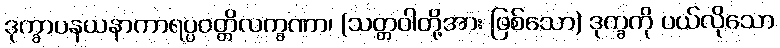
ဒုက္ခာပနယနာကာရပ္ပဝတ္တိလက္ခဏာ၊ (သတ္တဝါတို့အား ဖြစ်သော) ဒုက္ခကို ပယ်လိုသော